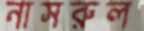
নাসরুল